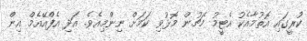
ކުރީގައި އޮތުމާއެކު އެޓީމު މެޗުން މޮޅުވި ކަމަށް ނިންމިއެވެ. އަދި އެފްއޭއެމް އިން